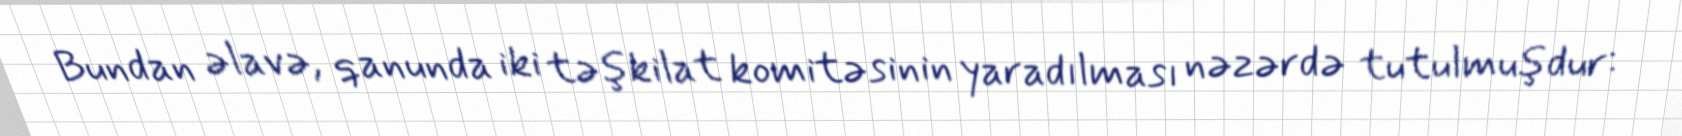
Bundan əlavə, qanunda iki təşkilat komitəsinin yaradılması nəzərdə tutulmuşdur: